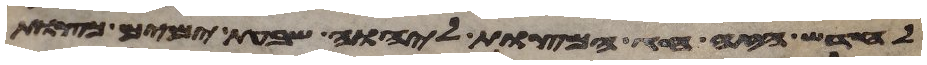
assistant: לחדש הזה חג המצות ליהוה שבעת ימים מצות